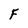
Character: F